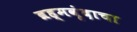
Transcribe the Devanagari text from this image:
ब्रह्मवृंदाचा